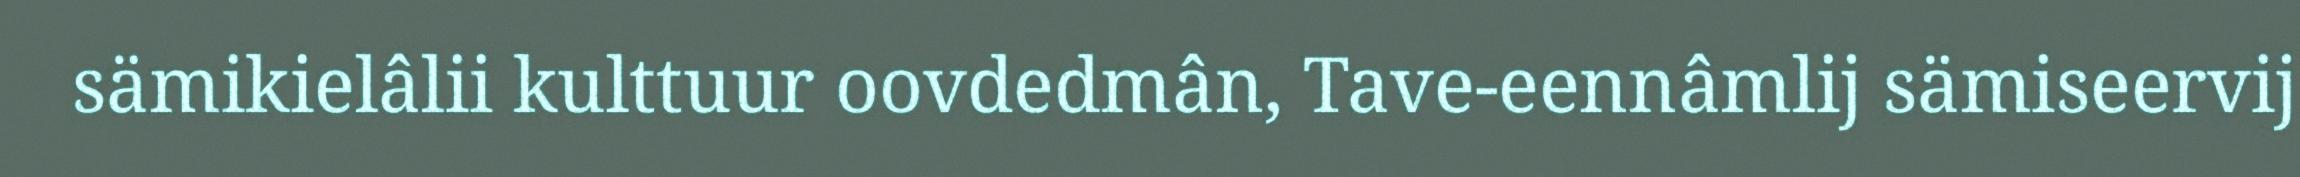
sämikielâlii kulttuur oovdedmân, Tave-eennâmlij sämiseervij